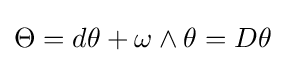
\Theta =d\theta +\omega \wedge \theta =D\theta